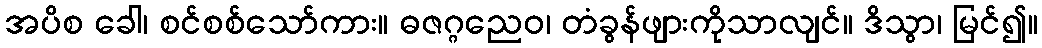
အပိစ ခေါ၊ စင်စစ်သော်ကား။ ဓဇဂ္ဂညေဝ၊ တံခွန်ဖျားကိုသာလျင်။ ဒိသွာ၊ မြင်၍။